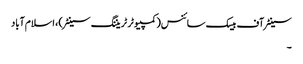
سینٹر آف بیسک سائنس(کمپیوٹر ٹریننگ سینٹر) ، اسلام آباد
۔